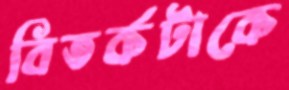
বিতর্কটাকে